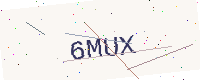
Text: 6MUX